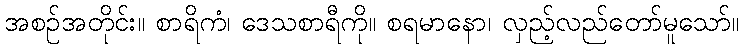
အစဉ်အတိုင်း။ စာရိကံ၊ ဒေသစာရီကို။ စရမာနော၊ လှည့်လည်တော်မူသော်။